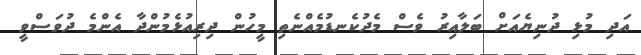
އަދި މުޅި ދުނިޔެއަށް ބަލާއިރު ވެސް މެދުކެނޑުމެއްނެތި މީހުން ދިރިއުޅެމުންދާ އެންމެ ދުވަސްވީ